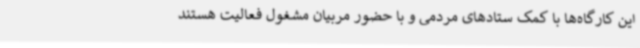
این کارگاه‌ها با کمک ستادهای مردمی و با حضور مربیان مشغول فعالیت هستند